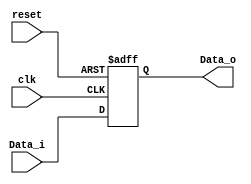
`timescale 1ns / 1ps
//////////////////////////////////////////////////////////////////////////////////
// Class: Fundamentals of Digital Logic and Processor
// Designer: Shulin Zeng
// 
// Design Name: MultiCycleCPU
// Module Name: RegTemp
// Project Name: Multi-cycle-cpu
// Target Devices: 
// Tool Versions: 
// Description: 
// 
// Dependencies: 
// 
// Revision:
// Revision 0.01 - File Created
// Additional Comments:
// 
//////////////////////////////////////////////////////////////////////////////////


module RegTemp(reset, clk, Data_i, Data_o);
    //Input Clock Signals
    input reset;
    input clk;
    //Input Data
    input [31:0] Data_i;
    //Output Data
    output reg [31:0] Data_o;
    
    always@(posedge reset or posedge clk) begin
        if (reset) begin
            Data_o <= 32'h00000000;
        end else begin
            Data_o <= Data_i;
        end
    end
endmodule